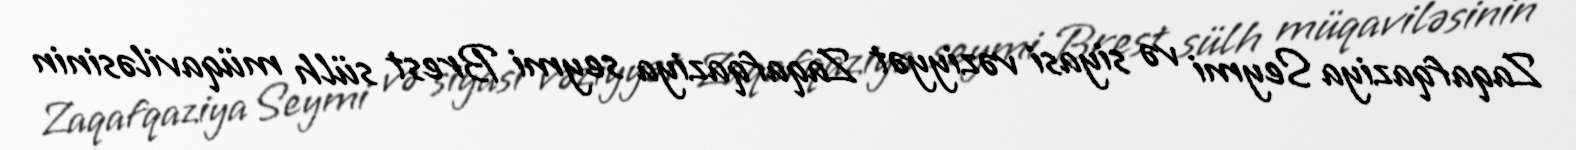
Zaqafqaziya Seymi və siyasi vəziyyət Zaqafqaziya seymi Brest sülh müqaviləsinin